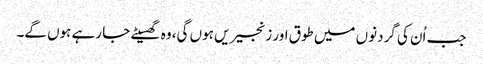
جب اُن کی گردنوں میں طوق اور زنجیریں ہوں گی، وہ گھسیٹے جا رہے ہوں گے۔